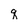
Character: q